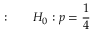
{ \mathrm { : } } \qquad H _ { 0 } : p = { \frac { 1 } { 4 } }